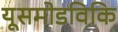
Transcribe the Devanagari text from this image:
यूसमोडविकि